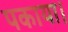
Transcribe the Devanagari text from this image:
पकाया।